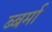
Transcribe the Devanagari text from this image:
ब्बर्मा